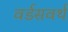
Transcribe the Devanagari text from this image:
वर्डसवर्थ